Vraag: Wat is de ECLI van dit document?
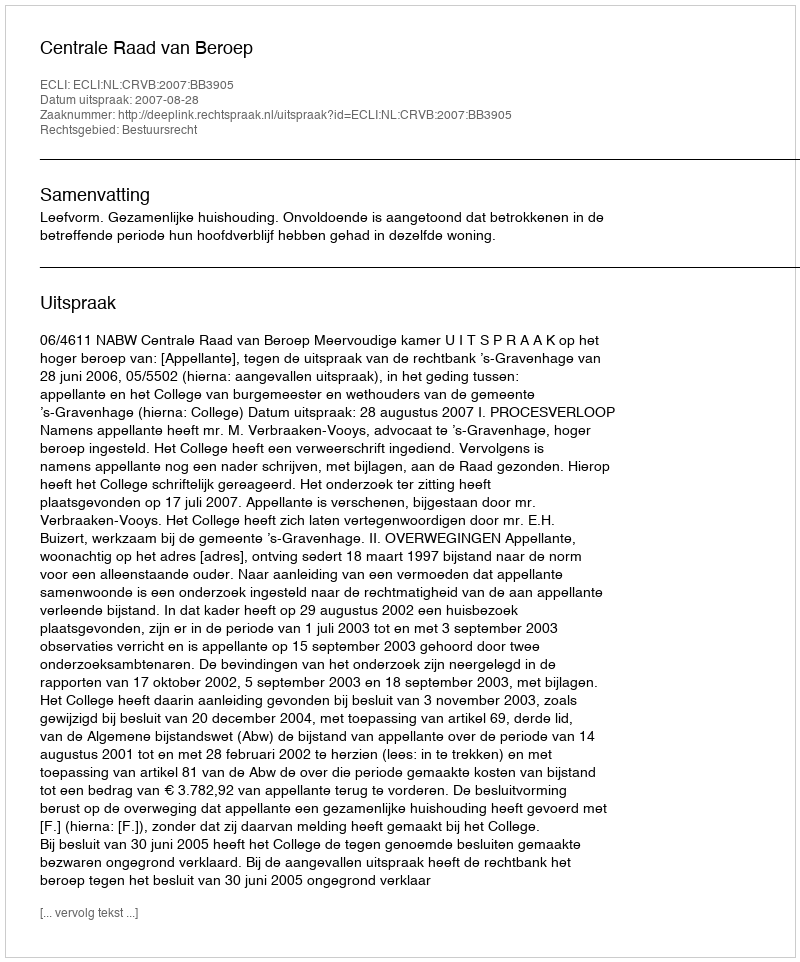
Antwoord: ECLI:NL:CRVB:2007:BB3905